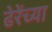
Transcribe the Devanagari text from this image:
ढेरेंच्या